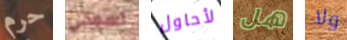
حرم تسمحي لأحاول هل ولا